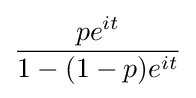
{\frac {pe^{it}}{1-(1-p)e^{it}}}